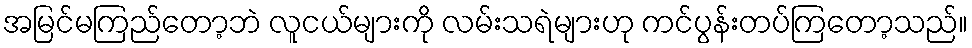
အမြင်မကြည်တော့ဘဲ လူငယ်များကို လမ်းသရဲများဟု ကင်ပွန်းတပ်ကြတော့သည်။